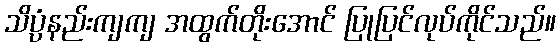
သိပ္ပံနည်းကျကျ အထွက်တိုးအောင် ပြုပြင်လုပ်ကိုင်သည်။